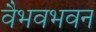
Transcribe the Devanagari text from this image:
वैभवभवन